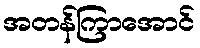
အတန်ကြာအောင်